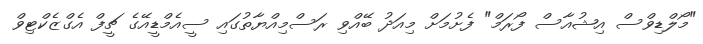
"މޯލްޑިވްސް އިޝުއާސް ފޯރަމް" ފެށުމަށް މިއަދު ބޭއްވި ރަސްމިއްޔާތުގައި ސީއެމްޑީއޭގެ ޗީފް އެގްޒެކްޓިވް